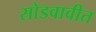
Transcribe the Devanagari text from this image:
सोडवावीत